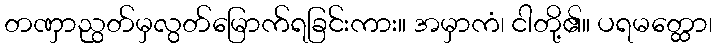
တဏှာညွတ်မှလွတ်မြောက်ရခြင်းကား။ အမှာကံ၊ ငါတို့၏။ ပရမတ္ထော၊